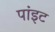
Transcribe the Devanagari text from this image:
पांइट